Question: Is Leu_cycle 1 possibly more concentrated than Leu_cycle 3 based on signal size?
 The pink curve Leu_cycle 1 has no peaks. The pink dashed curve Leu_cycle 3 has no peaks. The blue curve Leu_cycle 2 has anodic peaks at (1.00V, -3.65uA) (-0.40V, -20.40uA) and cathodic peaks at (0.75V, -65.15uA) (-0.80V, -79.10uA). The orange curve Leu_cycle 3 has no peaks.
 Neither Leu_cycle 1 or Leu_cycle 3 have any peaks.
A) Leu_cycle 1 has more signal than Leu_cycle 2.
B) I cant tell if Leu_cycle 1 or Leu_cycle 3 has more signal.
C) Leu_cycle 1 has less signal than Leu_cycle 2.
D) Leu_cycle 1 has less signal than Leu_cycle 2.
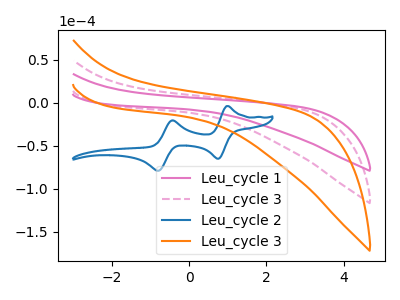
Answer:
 <answer>B) I cant tell if "Leu_cycle 1" or "Leu_cycle 3" has more signal.</answer>
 <eval>B</eval>